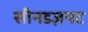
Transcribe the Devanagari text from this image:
सीनडज़पट